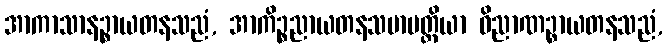
အာကာသာနဉ္စာယတနသညံ, အာကိဉ္စညာယတနသမာပတ္တိယာ ဝိညာဏဉ္စာယတနသညံ,